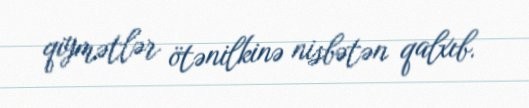
qiymətlər ötənilkinə nisbətən qalxıb.